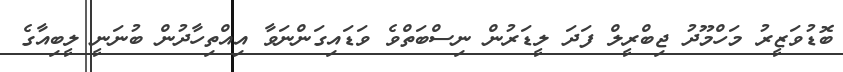
ބޮޑުވަޒީރު މަހްމޫދު ޖިބްރީލް ފަދަ ލީޑަރުން ނިސްބަތްވެ ވަޑައިގަންނަވާ އިއްތިހާދުން ބުނަނީ ލީބިއާގެ